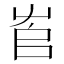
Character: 𡴎